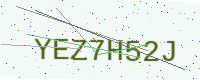
Text: YEZ7H52J